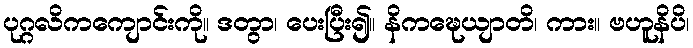
ပုဂ္ဂလိကကျောင်းကို။ ဒတွာ၊ ပေးပြီး၍။ နိကဍ္ဎေယျာတိ၊ ကား။ ဗဟူနိပိ၊